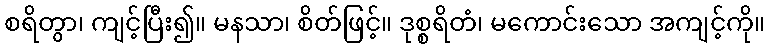
စရိတွာ၊ ကျင့်ပြီး၍။ မနသာ၊ စိတ်ဖြင့်။ ဒုစ္စရိတံ၊ မကောင်းသော အကျင့်ကို။